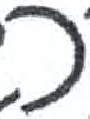
אות: ר